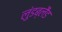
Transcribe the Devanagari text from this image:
लुंडब्लैंड